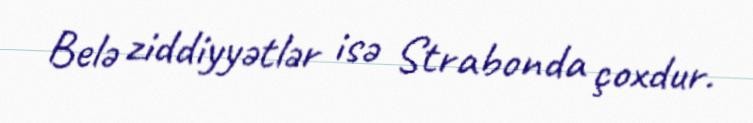
Belə ziddiyyətlər isə Strabonda çoxdur.